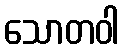
သောတဝါ